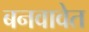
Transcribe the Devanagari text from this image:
बनवावेत